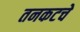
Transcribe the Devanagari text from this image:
तनकटचे